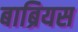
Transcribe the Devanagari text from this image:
बाब्रियस